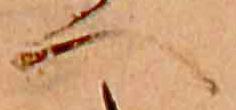
へ